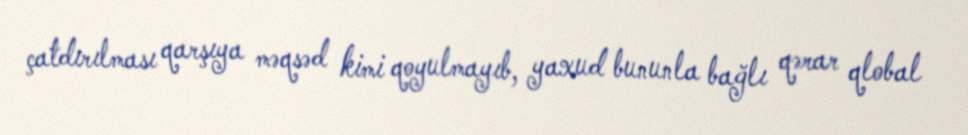
çatdırılması qarşıya məqsəd kimi qoyulmayıb, yaxud bununla bağlı qərar qlobal